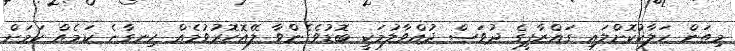
މިތަން ހަލާކުކޮށްލައި ގައްޒާފީގެ ދުވަސް ދުއްވާލުމަކީ ބޮޑުވެގެންވާ ލޭއޮހޮރުވުމެއް ހިނގާނެ ކަމެއް ކަމަށް